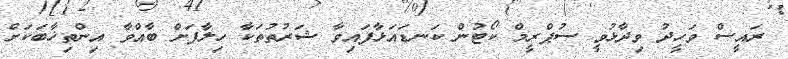
ރައީސް ވަހީދު ވިދާޅުވީ ސުޕްރީމް ކޯޓުން ކަނޑައަޅާފައިވާ ޝަރުތުތަކާ ހިލާފަށް ބާއްވާ އިންތިޚާބަކަށް